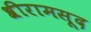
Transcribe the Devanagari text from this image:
श्रीरामसूद